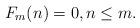
LaTeX: \begin{align*}F_m(n) = 0, n \leq m.\end{align*}